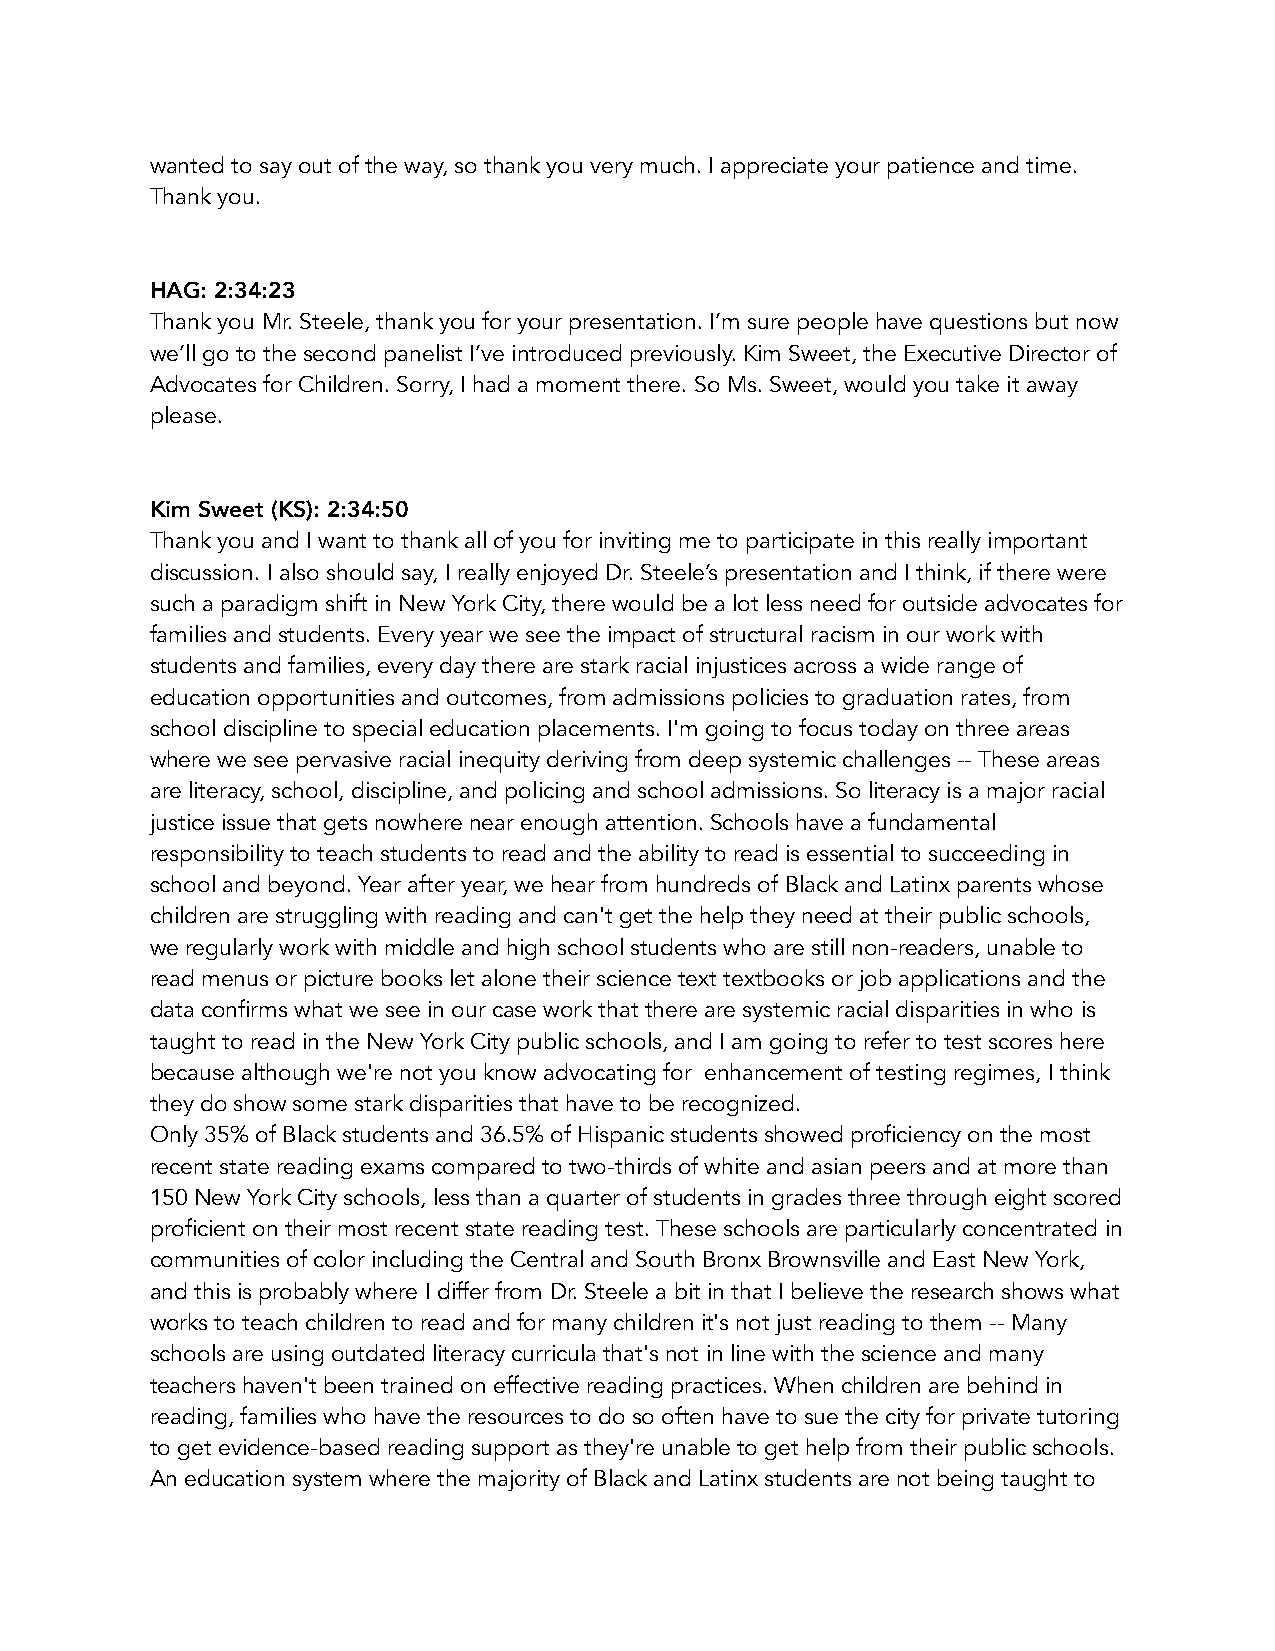
wanted to say out of the way, so thank you very much. I appreciate your patience and time.
 Thank you.
 HAG: 2:34:23
 Thank you Mr. Steele, thank you for your presentation. I’m sure people have questions but now
 we’ll go to the second panelist I’ve introduced previously. Kim Sweet, the Executive Director of
 Advocates for Children. Sorry, I had a moment there. So Ms. Sweet, would you take it away
 please.
 Kim Sweet (KS): 2:34:50
 Thank you and I want to thank all of you for inviting me to participate in this really important
 discussion. I also should say, I really enjoyed Dr. Steele’s presentation and I think, if there were
 such a paradigm shift in New York City, there would be a lot less need for outside advocates for
 families and students. Every year we see the impact of structural racism in our work with
 students and families, every day there are stark racial injustices across a wide range of
 education opportunities and outcomes, from admissions policies to graduation rates, from
 school discipline to special education placements. I'm going to focus today on three areas
 where we see pervasive racial inequity deriving from deep systemic challenges -- These areas
 are literacy, school, discipline, and policing and school admissions. So literacy is a major racial
 justice issue that gets nowhere near enough attention. Schools have a fundamental
 responsibility to teach students to read and the ability to read is essential to succeeding in
 school and beyond. Year after year, we hear from hundreds of Black and Latinx parents whose
 children are struggling with reading and can't get the help they need at their public schools,
 we regularly work with middle and high school students who are still non-readers, unable to
 read menus or picture books let alone their science text textbooks or job applications and the
 data confirms what we see in our case work that there are systemic racial disparities in who is
 taught to read in the New York City public schools, and I am going to refer to test scores here
 because although we're not you know advocating for enhancement of testing regimes, I think
 they do show some stark disparities that have to be recognized.
 Only 35% of Black students and 36.5% of Hispanic students showed proficiency on the most
 recent state reading exams compared to two-thirds of white and asian peers and at more than
 150 New York City schools, less than a quarter of students in grades three through eight scored
 proficient on their most recent state reading test. These schools are particularly concentrated in
 communities of color including the Central and South Bronx Brownsville and East New York,
 and this is probably where I differ from Dr. Steele a bit in that I believe the research shows what
 works to teach children to read and for many children it's not just reading to them -- Many
 schools are using outdated literacy curricula that's not in line with the science and many
 teachers haven't been trained on effective reading practices. When children are behind in
 reading, families who have the resources to do so often have to sue the city for private tutoring
 to get evidence-based reading support as they're unable to get help from their public schools.
 An education system where the majority of Black and Latinx students are not being taught to